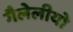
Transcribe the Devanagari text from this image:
गैलेलीयो